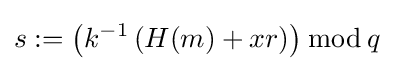
s:=\left(k^{-1}\left(H(m)+xr\right)\right){\bmod {\,}}q